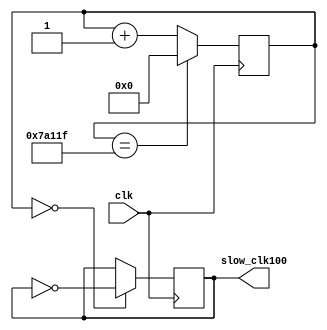
`timescale 1ns / 1ps
//////////////////////////////////////////////////////////////////////////////////
// Company: 
// Engineer: 
// 
// Design Name: 
// Module Name: slow_clk_100hz
// Project Name: 
// Target Devices: 
// Tool Versions: 
// Description: 
// 
// Dependencies: 
// 
// Revision:
// Revision 0.01 - File Created
// Additional Comments:
// 
//////////////////////////////////////////////////////////////////////////////////

// 100MHz -> 100Hz => 1M cycles => flip every 500k cycles
module slow_clk_100hz(
    input clk, output reg slow_clk100 = 0
    );
    
    // 19bits counter
    reg [18:0]counter_19bits = 1;
    
    always @(posedge clk)
    begin
        counter_19bits <= (counter_19bits == 500_000 - 1) ? 0 : counter_19bits + 1;
        
        slow_clk100 <= (counter_19bits == 0 ) ? ~slow_clk100 : slow_clk100;
    end
endmodule